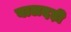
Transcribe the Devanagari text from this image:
बालदड़ी